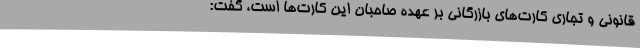
قانونی و تجاری کارت‌های بازرگانی بر عهده صاحبان این کارت‌ها است، گفت: